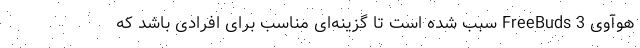
هوآوی FreeBuds 3 سبب شده است تا گزینه‌ای مناسب برای افرادی باشد که